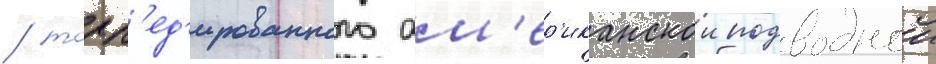
/ торп'ед'ированного ам'ер'иканскои подводнои